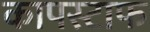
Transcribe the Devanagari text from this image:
कापस्टाफ